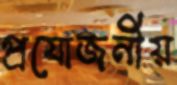
প্রযোজনীয়